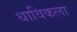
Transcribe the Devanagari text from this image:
धाविकला